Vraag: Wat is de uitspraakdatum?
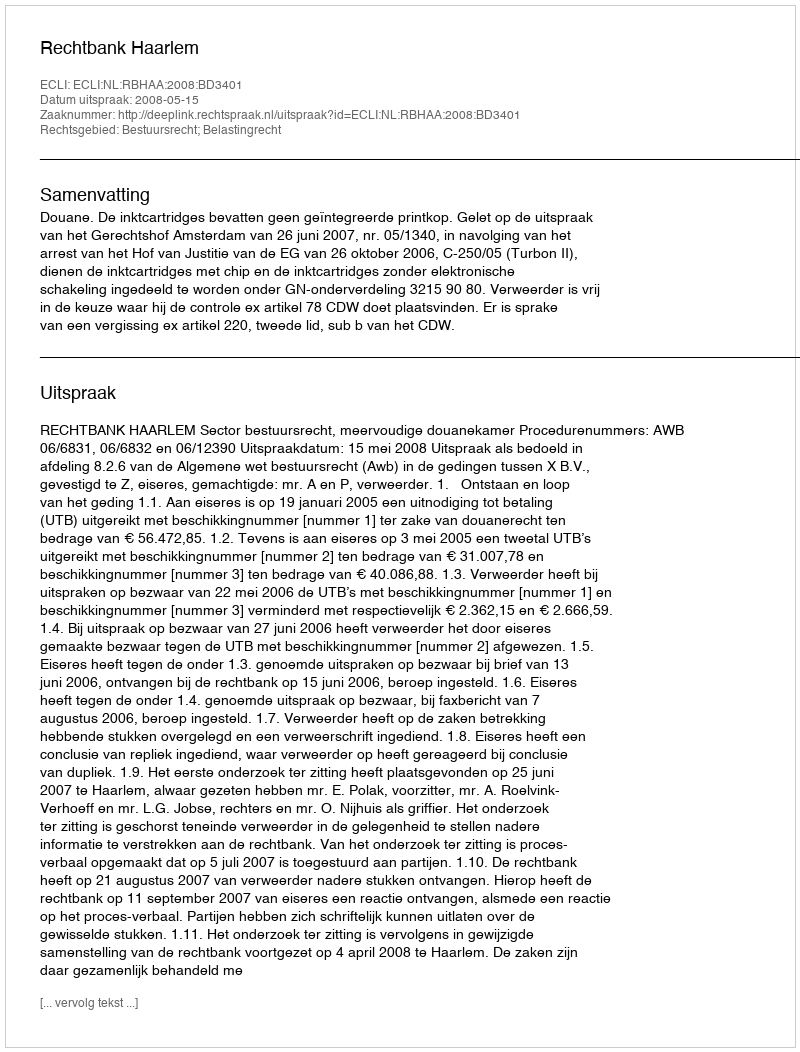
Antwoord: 2008-05-15